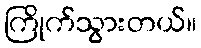
ကြိုက်သွားတယ်။